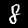
Label: 8